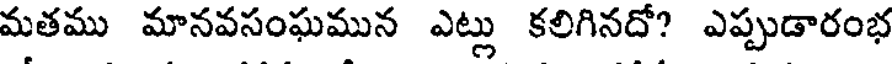
మతము మానవసంఘమున ఎట్లు కలిగినదో? ఎప్పుడారంభ